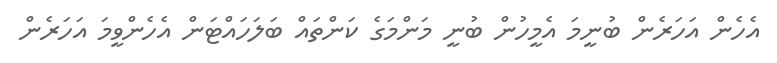
އެހެން އަހަރެން ބުނީމަ އެމީހުން ބުނީ މަންމަގެ ކަންތައް ބަލަހައްޓަން އެހެންވީމަ އަހަރެން